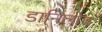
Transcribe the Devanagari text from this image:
डानिलोव